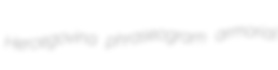
Hercegovina phraseogram armorial